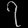
Digit: ၇